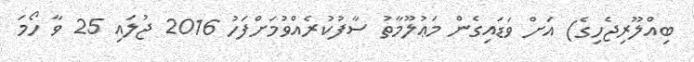
ބިއްލޫރިޖެހިގެ) އަށް ވަޑައިގެން މަޢުލޫމާތު ސާފުކުރެއްވުމަށްފަހު 2016 ޖުލައި 25 ވާ ހޯމަ